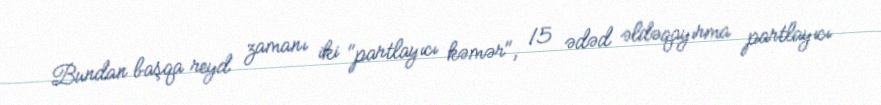
Bundan başqa reyd zamanı iki "partlayıcı kəmər", 15 ədəd əldəqayırma partlayıcı